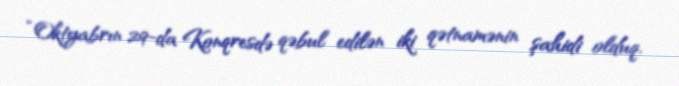
“Oktyabrın 29-da Konqresdə qəbul edilən iki qətnamənin şahidi olduq.